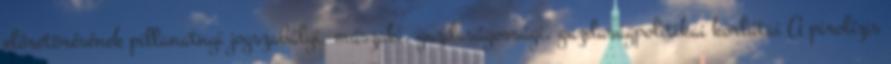
előretörésének pillanatnyi jogszabályi, műszaki, gazdaságossági, gazdaságpolitikai korlátai A pirolízis